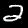
Digit: 2